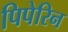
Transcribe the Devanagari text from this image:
पिपेरिन